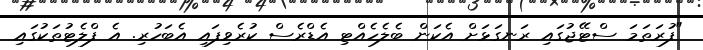
"ފުރަތަމަ ސްޓޭޖުގައި ރަނގަޅަށް އެކަން ބެލެހެއްޓި އެޑްރެސް ކުރެވިފައި އެބަހުރި. އެ ފްލެޓުތަކުގައި